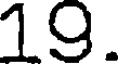
19.